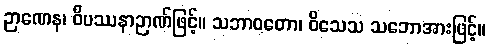
ဉာဏေန၊ ဝိပဿနာဉာဏ်ဖြင့်။ သဘာဝတော၊ ဝိသေသ သဘောအားဖြင့်။